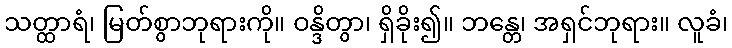
သတ္ထာရံ၊ မြတ်စွာဘုရားကို။ ဝန္ဒိတွာ၊ ရှိခိုး၍။ ဘန္တေ၊ အရှင်ဘုရား။ လူခံ၊